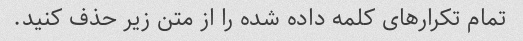
تمام تکرارهای کلمه داده شده را از متن زیر حذف کنید.